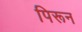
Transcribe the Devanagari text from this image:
पिरून